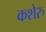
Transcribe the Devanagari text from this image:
कशेरु